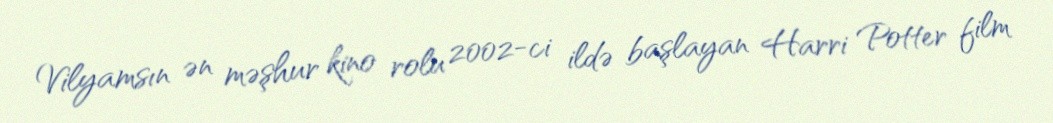
Vilyamsın ən məşhur kino rolu 2002-ci ildə başlayan Harri Potter film